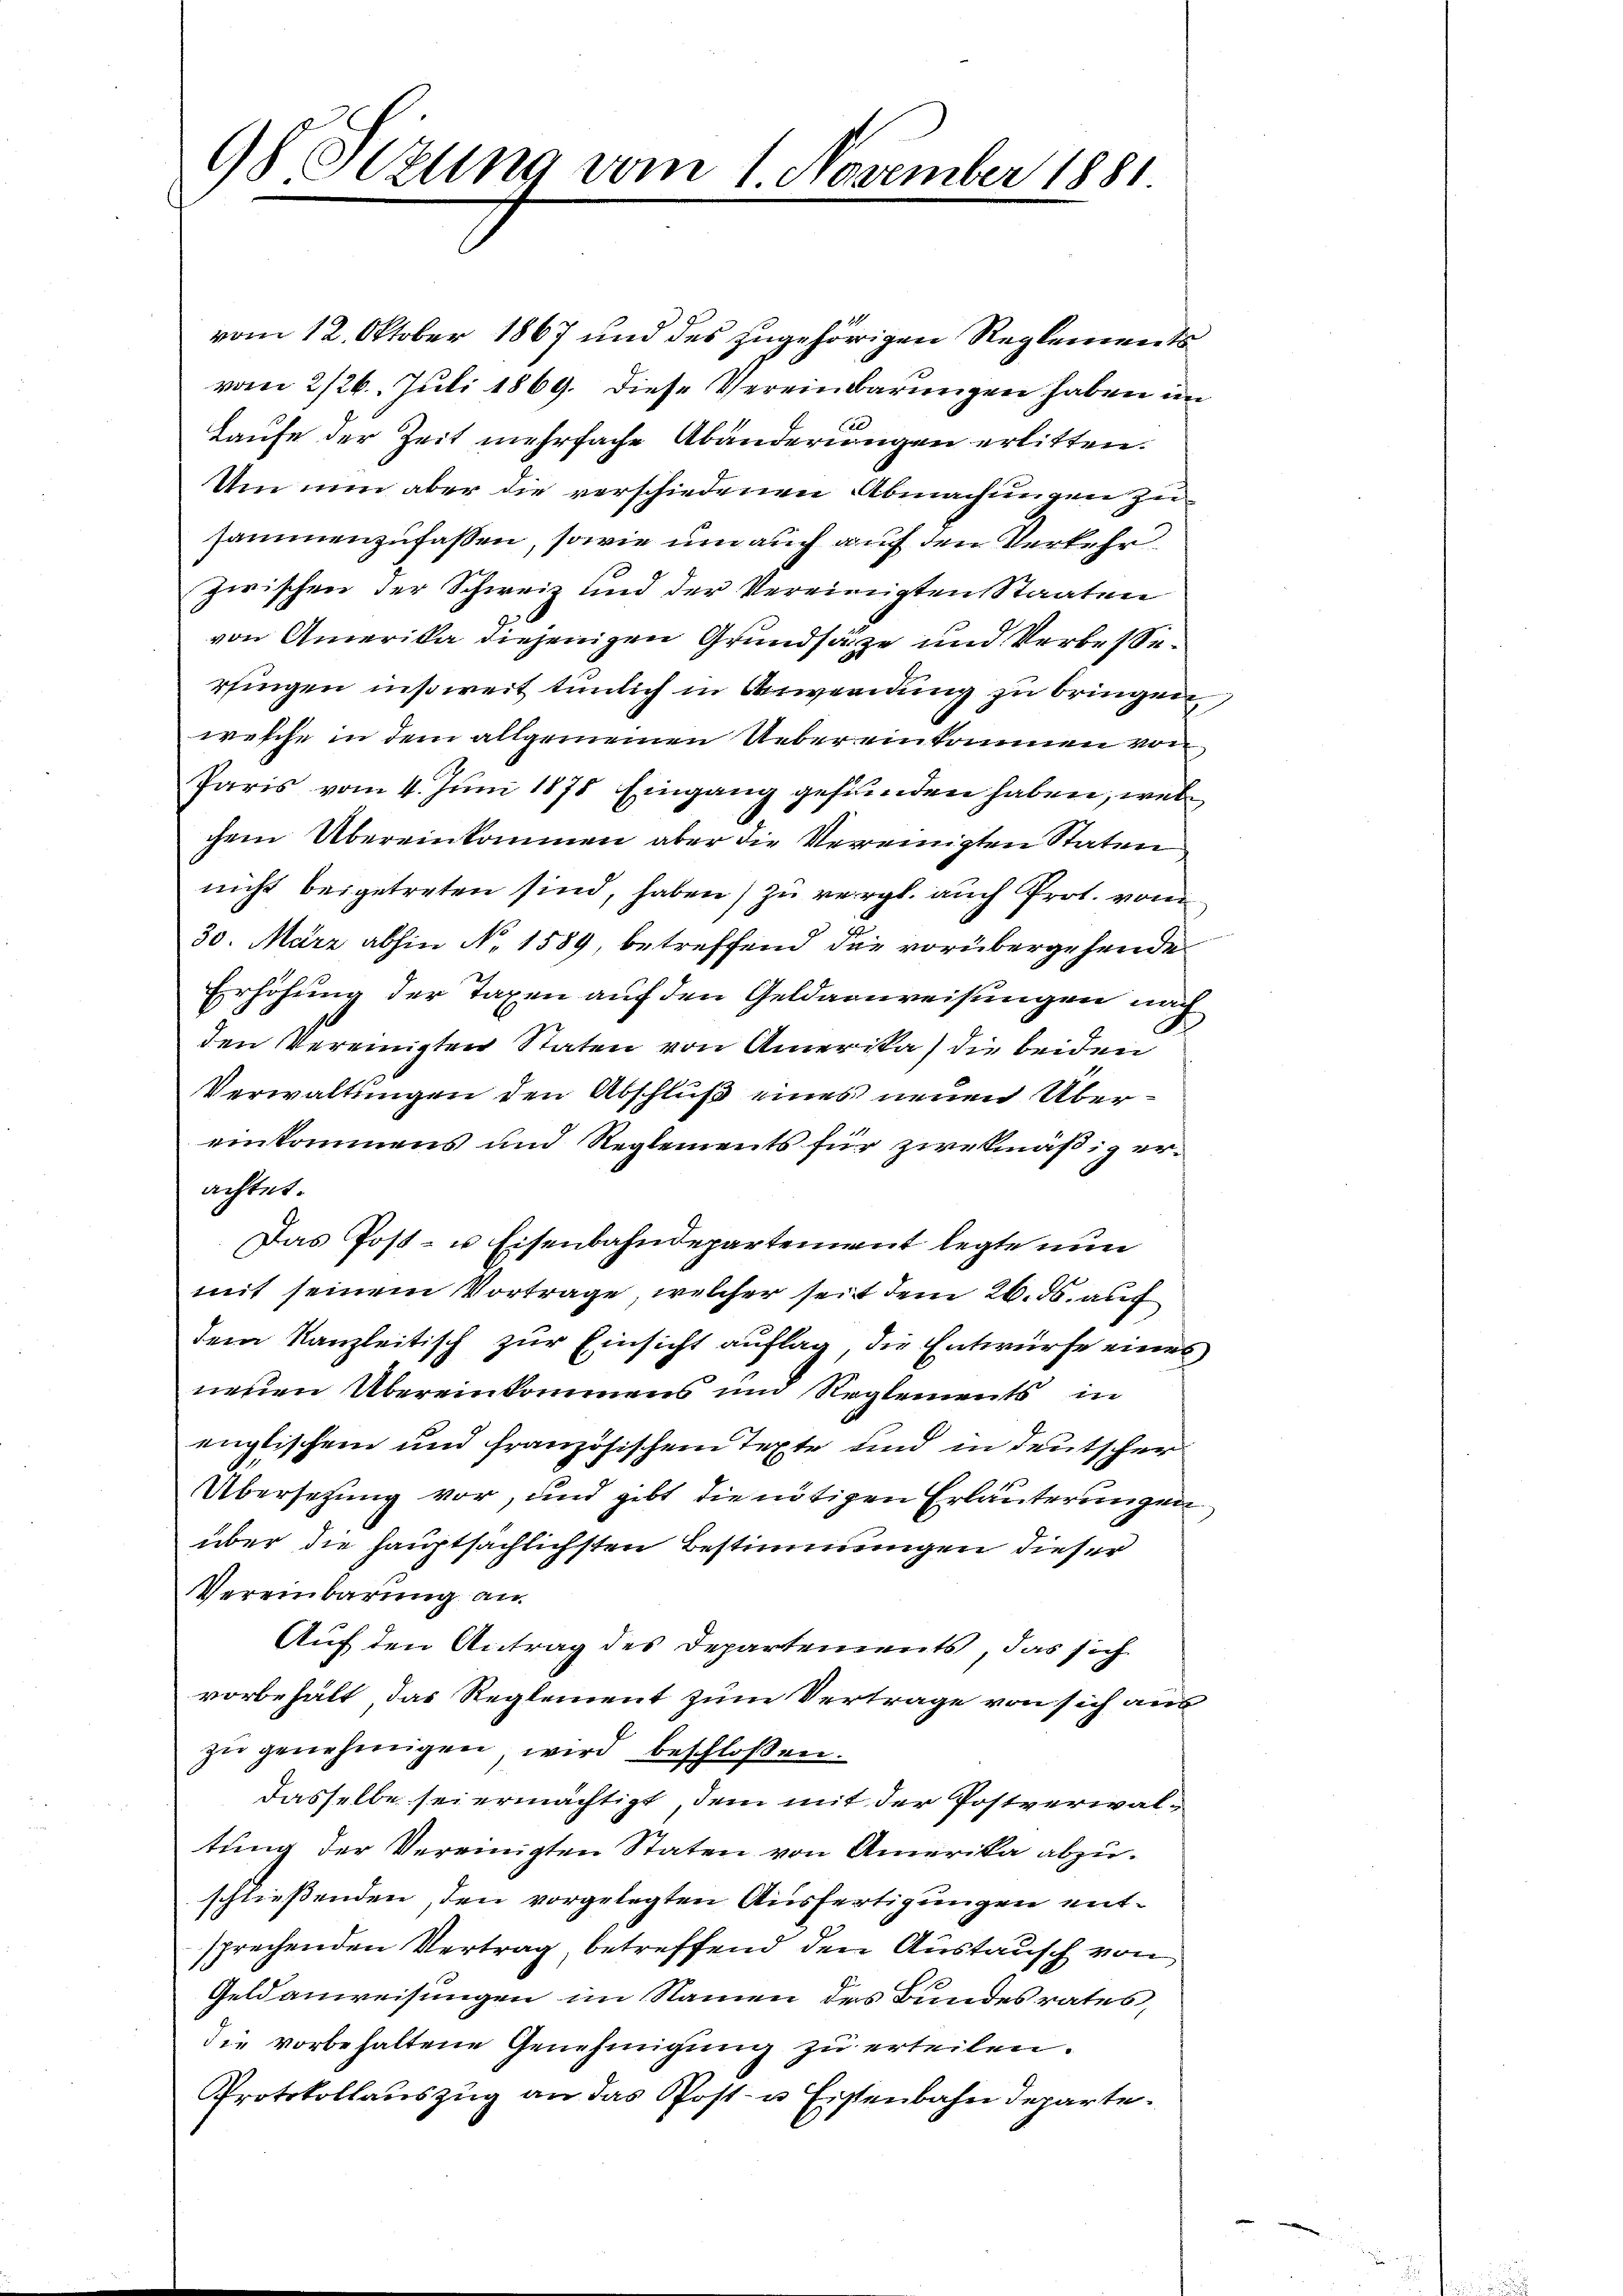
98 Olzung vom 1. November 1881

vom 12. Oktober 1867 und des zugehörigen Reglementsvom 2/26. Juli 1869. Diese Vereinbarungen haben im
E
Laufe der Zeit mehrfache Abänderungen erlitten.
Um nun aber die verschiedenen Abmachungen zu
sammenzufassen, sowie um auch auf den Verkehr
zwischen der Schweiz und der Vereinigten Staaten
von Amerika diejenigen Grundsätze und Verbesserfingen insoweit tunlich in Anwendung zu bringen,
wesche in dem allgemeinen Uebereinkommen von
Paris vom 4. Juni 1878 Eingang gefunden haben, wel
B
chem Übereinkommen aber die Vereinigten Staten
nicht beigetreten sind, haben) zu vergl. auch Prot. vom
30. März abhin No 1589, betreffend die vorübergehende
Erhöhung der Taxen auf den Geldanweisungen nach
den Vereinigten Staten von Amerika) die beiden
Verwaltungen den Abschluß eines neuen Übereinkommens und Reglements für zwekmäßig erachtet.
Das Post- u Eisenbahndepartement legte nun
mit seinem Vortrage, welcher seit dem 26. ds. auf
dem Kanzleitisch zur Einsicht auflag, die Entwurfe eines
neuen Übereinkommens um Reglements in
englischen und französischem Texte und in deutscher
Übersetzung vor, und gibt die nötigen Erläuterungen
über die hauptsächlichsten Bestimmungen dieser
Vereinbarung an
Auf den Antrag des Departements, das sich
vorbehält das Reglement zum Vertrage von sich aus
zŭ genehmigen, wird beschlossen.
dasselbe sei ermächtigt, dem mit der Postverwaltung der Vereinigten Staten von Amerika abzuschließenden, den vorgelegten Ausfertigungen entsprechenden Vertrag, betreffend den Austausch von
Geldanweisungen im Namen des Bundesrates
die vorbehaltene Genehmigung zu erteilen.
Protokollauszug an das Post- u Eisenbahndeparte